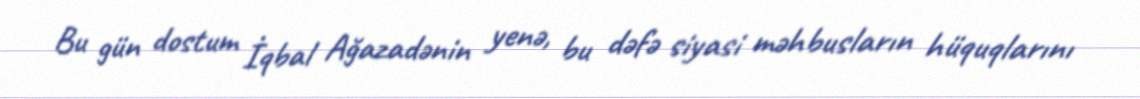
Bu gün dostum İqbal Ağazadənin yenə, bu dəfə siyasi məhbusların hüquqlarını